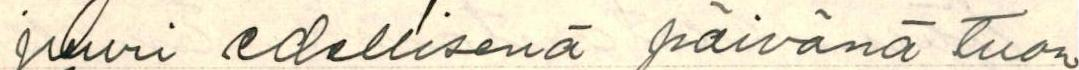
juuri edellisenä päivänä tuon